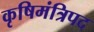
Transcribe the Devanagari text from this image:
कृषिमंत्रिपद